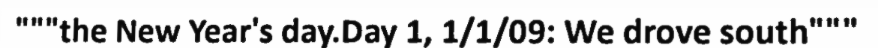
"""the New Year's day.Day 1, 1/1/09: We drove south"""